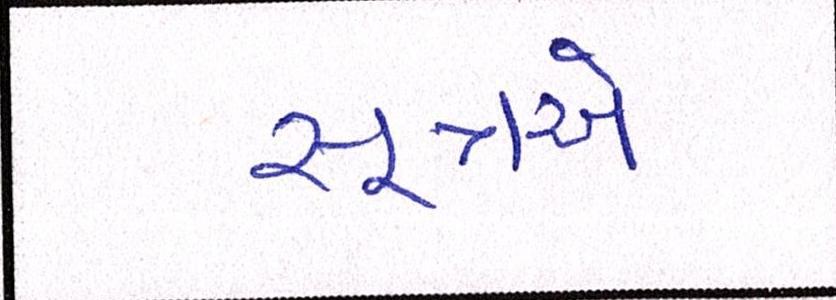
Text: સૂત્રએ